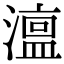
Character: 𭲳